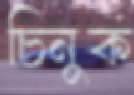
চিনুক